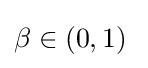
\beta \in \left(0,1\right)\;